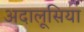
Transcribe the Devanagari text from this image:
अदालूसिया